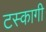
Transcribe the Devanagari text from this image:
टस्कागी